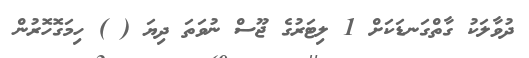
ދުވާލަކު ގާތްގަނޑަކަށް 1 ލިޓަރުގެ ޖޫސް ނުވަތަ ދިޔަ ( ) ހިމަގޮޮހޮރުން